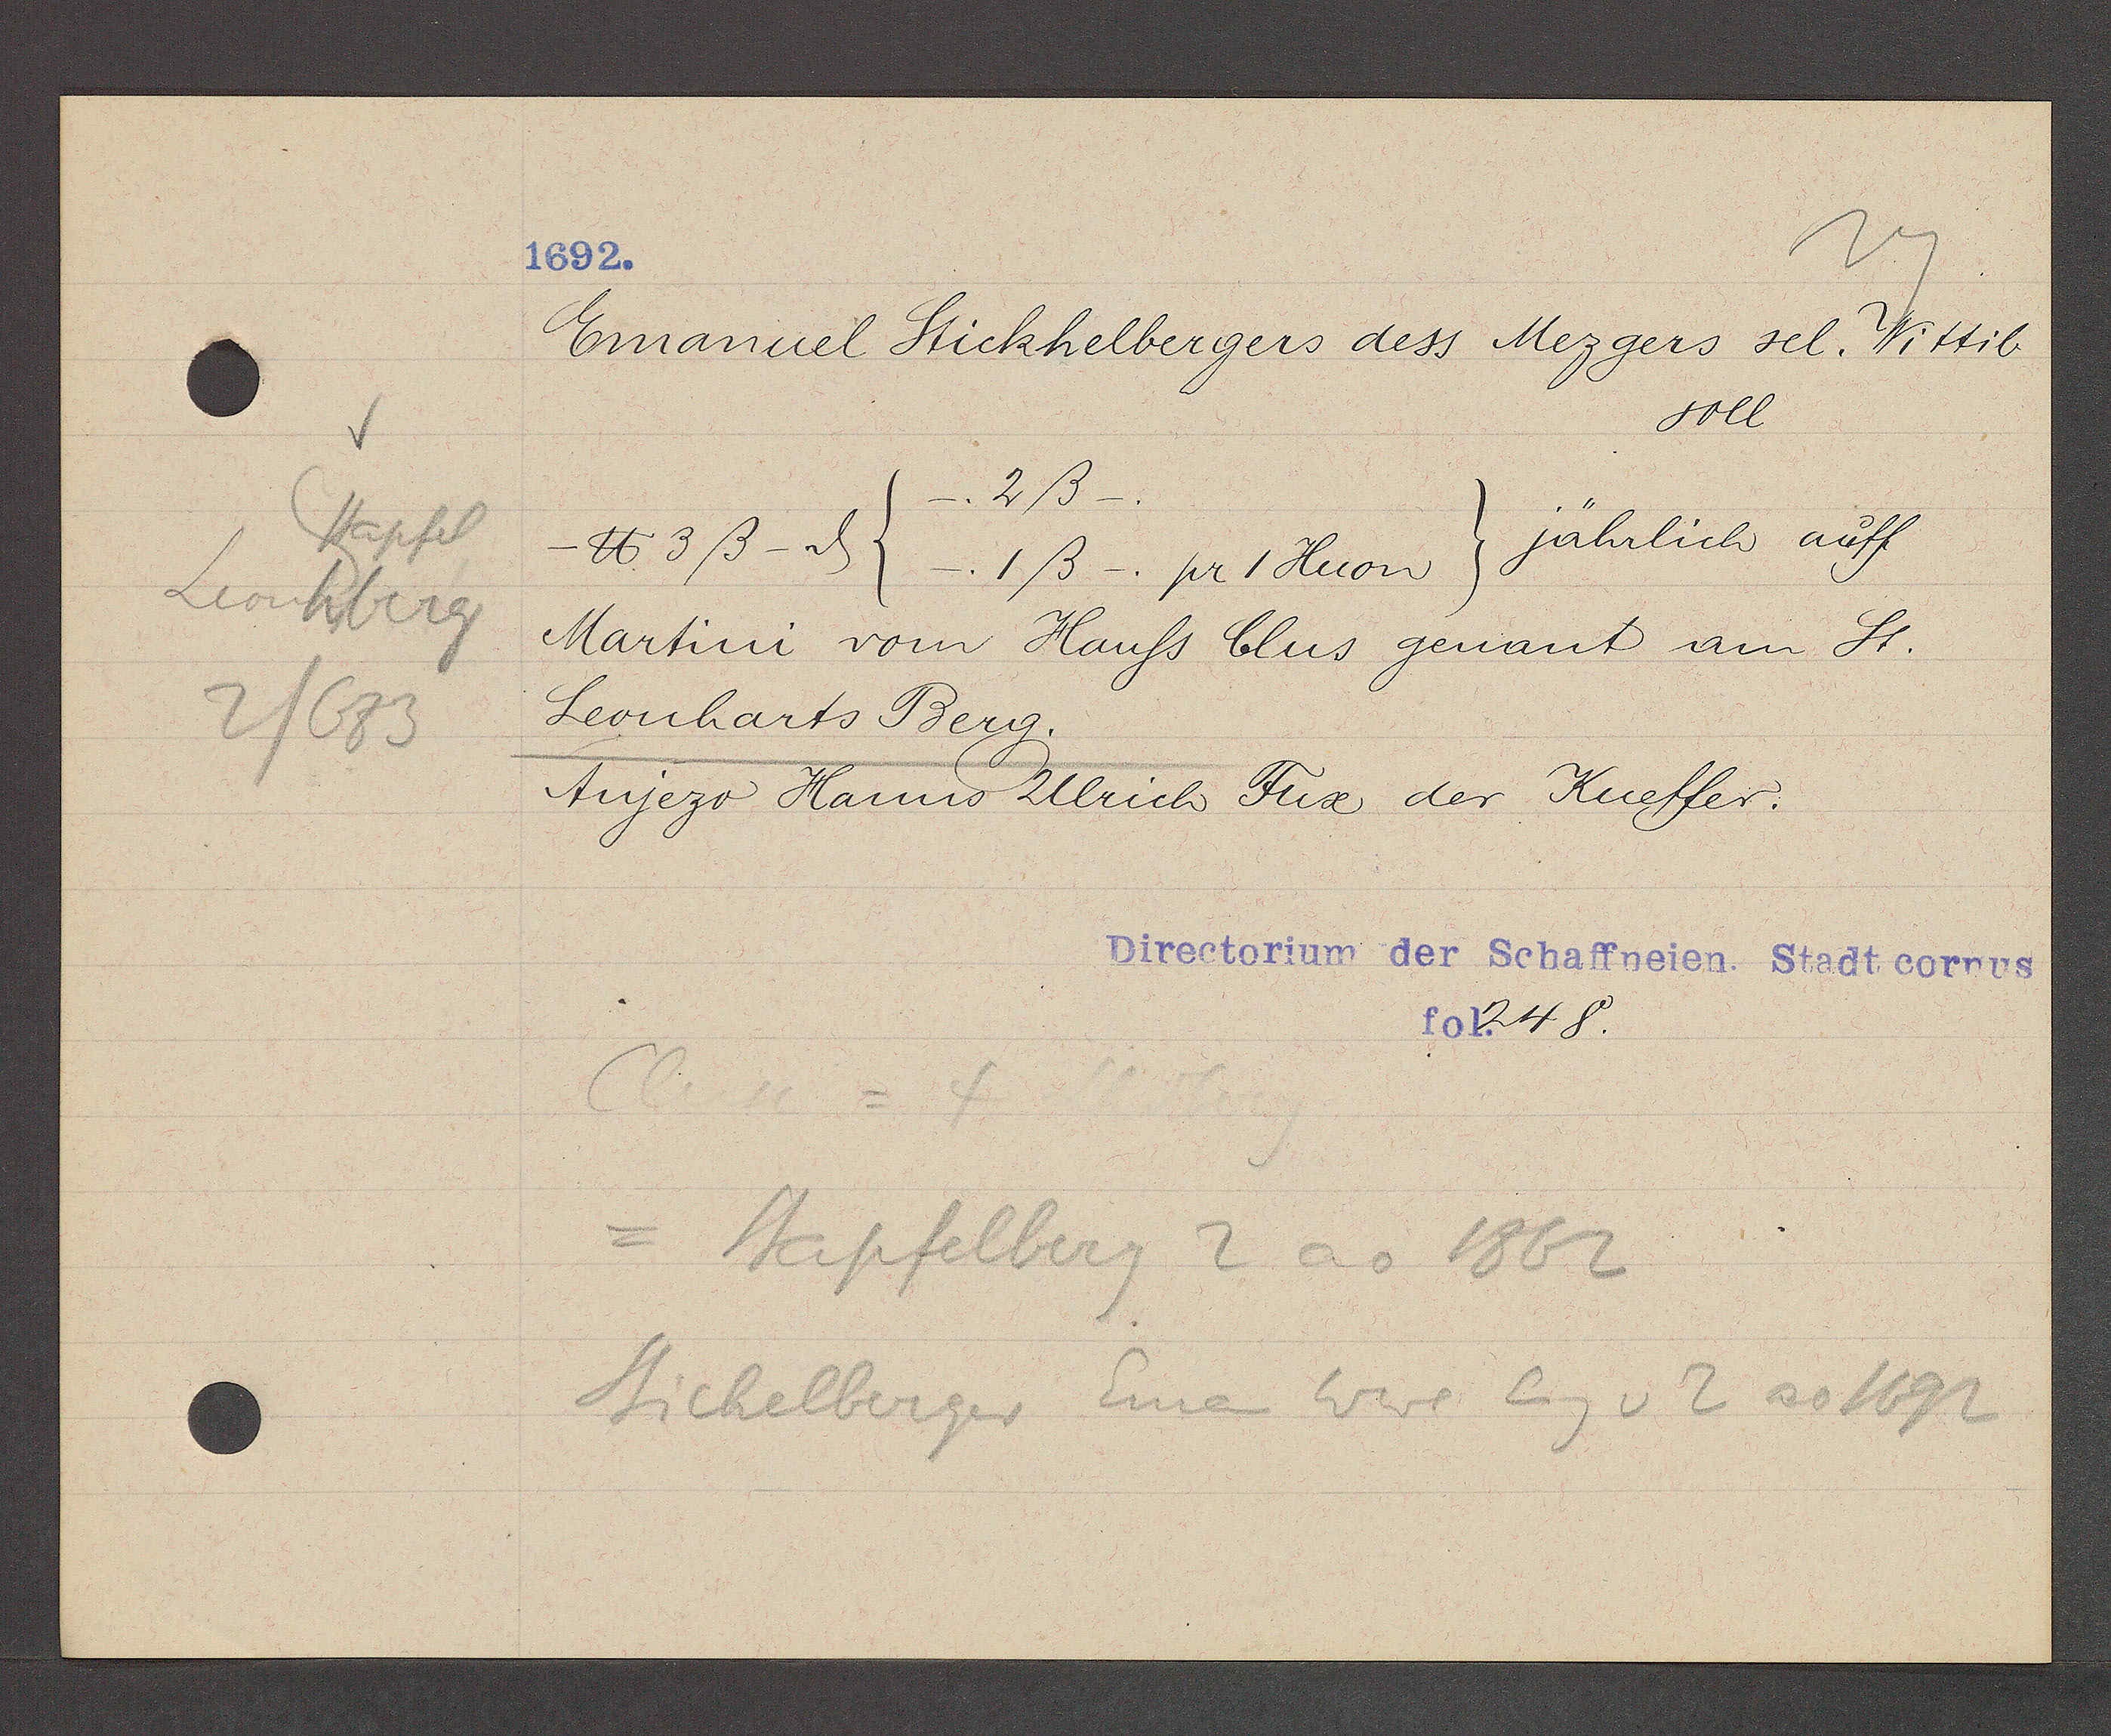
Transcript:
Stapfel
Leonhberg
2/683

1692.

Emanuel Stickhelbergers dess Mezgers sel. Wittib
soll
2ß
jährlich auff
℔ 3ß - ȡ (_.1ß_. pr 1 Huon)
Martini vom Hauss Clus genant am St.
Leonharts Berg.
tujezo Hanns Ulrich Fux der Kueffer.

Directorium der Schaffneien. Stadt corpus
fol. 248.

Stapfelberg 2 ao 1862
Stickelberger Eman Wwe Eig v 2 ao 1692